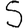
Digit: 5